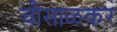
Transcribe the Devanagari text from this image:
चौसाळकर